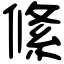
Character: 絛